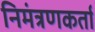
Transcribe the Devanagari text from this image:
निमंत्रणकर्ता